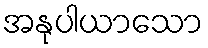
အနုပါယာသော